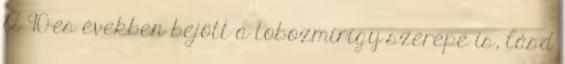
A 90-es években bejött a tobozmirigy szerepe is, lásd